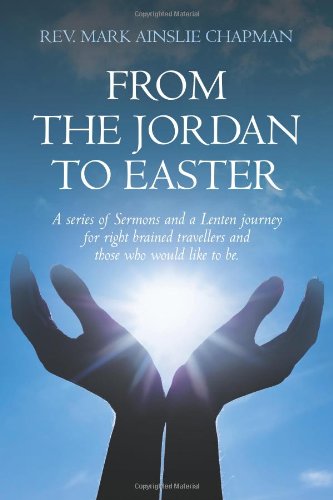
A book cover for From the Jordan to Easter: a series of Sermons and a Lenten journey for right brained travellers and those who would like to be.; Rev Mark Ainslie Chapman; Travel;